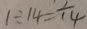
1 \div 1 4 = \frac { 1 } { 1 4 }